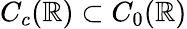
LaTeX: C_{c}(\mathbb{R})\subset C_{0}(\mathbb{R})